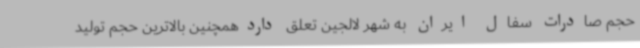
حجم صادرات سفال ایران به شهر لالجین تعلق داردهمچنین بالاترین حجم تولید